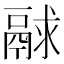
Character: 𩰻